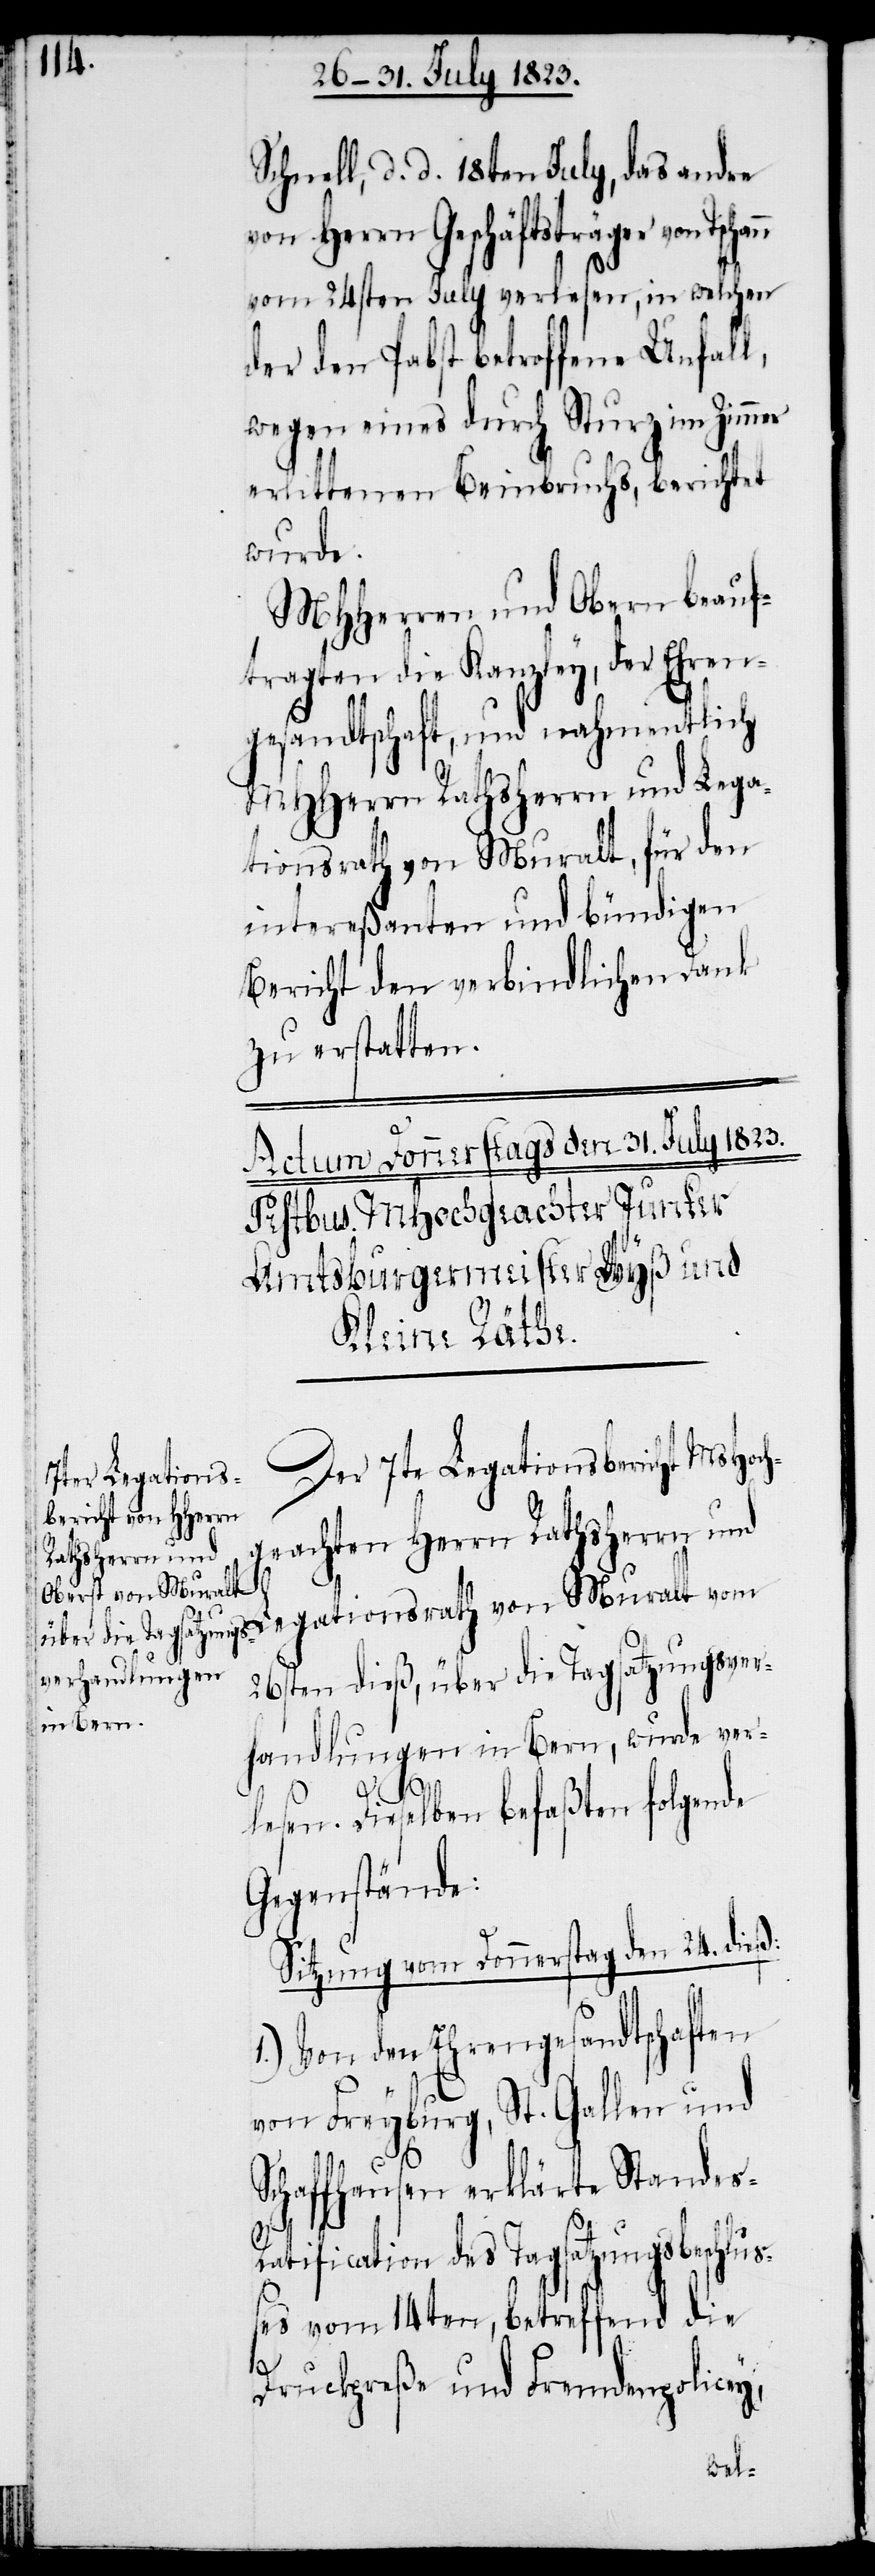
Schnell, d. d. 18ten July, das andre
von Herrn Geschäftsträger von
vom 24sten July verlesen, in welchen
der den Pabst betroffene Unfall,
wegen eines durch Sturz im Zimmer
erlittenen Beinbruchs, berichtet
wurde.
MHHerrn und Obern beauf¬
tragten die Kanzley, der Ehren¬
gesandtschaft, und nahmentlich
MHHerrn Rathherrn und Lega¬
tionsrath von Muralt vom
intereßanten und bündigen
Bericht den verbindlichen Dank
zu erstatten.
Der 7te Legationsbericht MsHoch¬
geachten Herrn Rathsherrn und
26sten dieß, über die Tagsatzungsver¬
handlungen in Bern, wurde ver¬
lesen. Dieselben befaßten folgende
Gegenstände:
Sitzung vom Donnerstag den 24. dieß:
1.) Von den Ehrengesandtschaften
von Freyburg, St. Gallen und
Schaffhausen erklärte Standes-R¬
atification des Tagsatzungsbeschluß¬
es vom 14ten, betreffend die
Druckpreße und Fremdenpolicey,
Lega¬